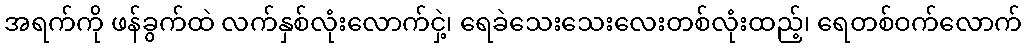
အရက်ကို ဖန်ခွက်ထဲ လက်နှစ်လုံးလောက်ငှဲ့၊ ရေခဲသေးသေးလေးတစ်လုံးထည့်၊ ရေတစ်ဝက်လောက်